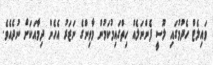
ވައިލެޓް ހެދުމުގައި ލޫސީ ފެންނަލެއް ހިތްގައިމުކަމުން މާވިންގެ ނަޒަރު އެހެން ދިމާއަކަށް ނުދެއެވެ.